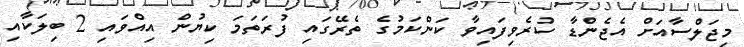
މިޖަލްސާއަށް އެޖެންޑާ ކުރެވިފައިވާ ކަންކަމުގެ ތެރޭގައި ފުރަތަމަ ކިޔުން އިއްވައި 2 ބިލަކާއި